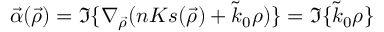
\vec { \alpha } ( \vec { \rho } ) = \Im \{ \nabla _ { \vec { \rho } } ( n K s ( \vec { \rho } ) + \tilde { k } _ { 0 } \rho ) \} = \Im \{ \tilde { k } _ { 0 } \rho \}